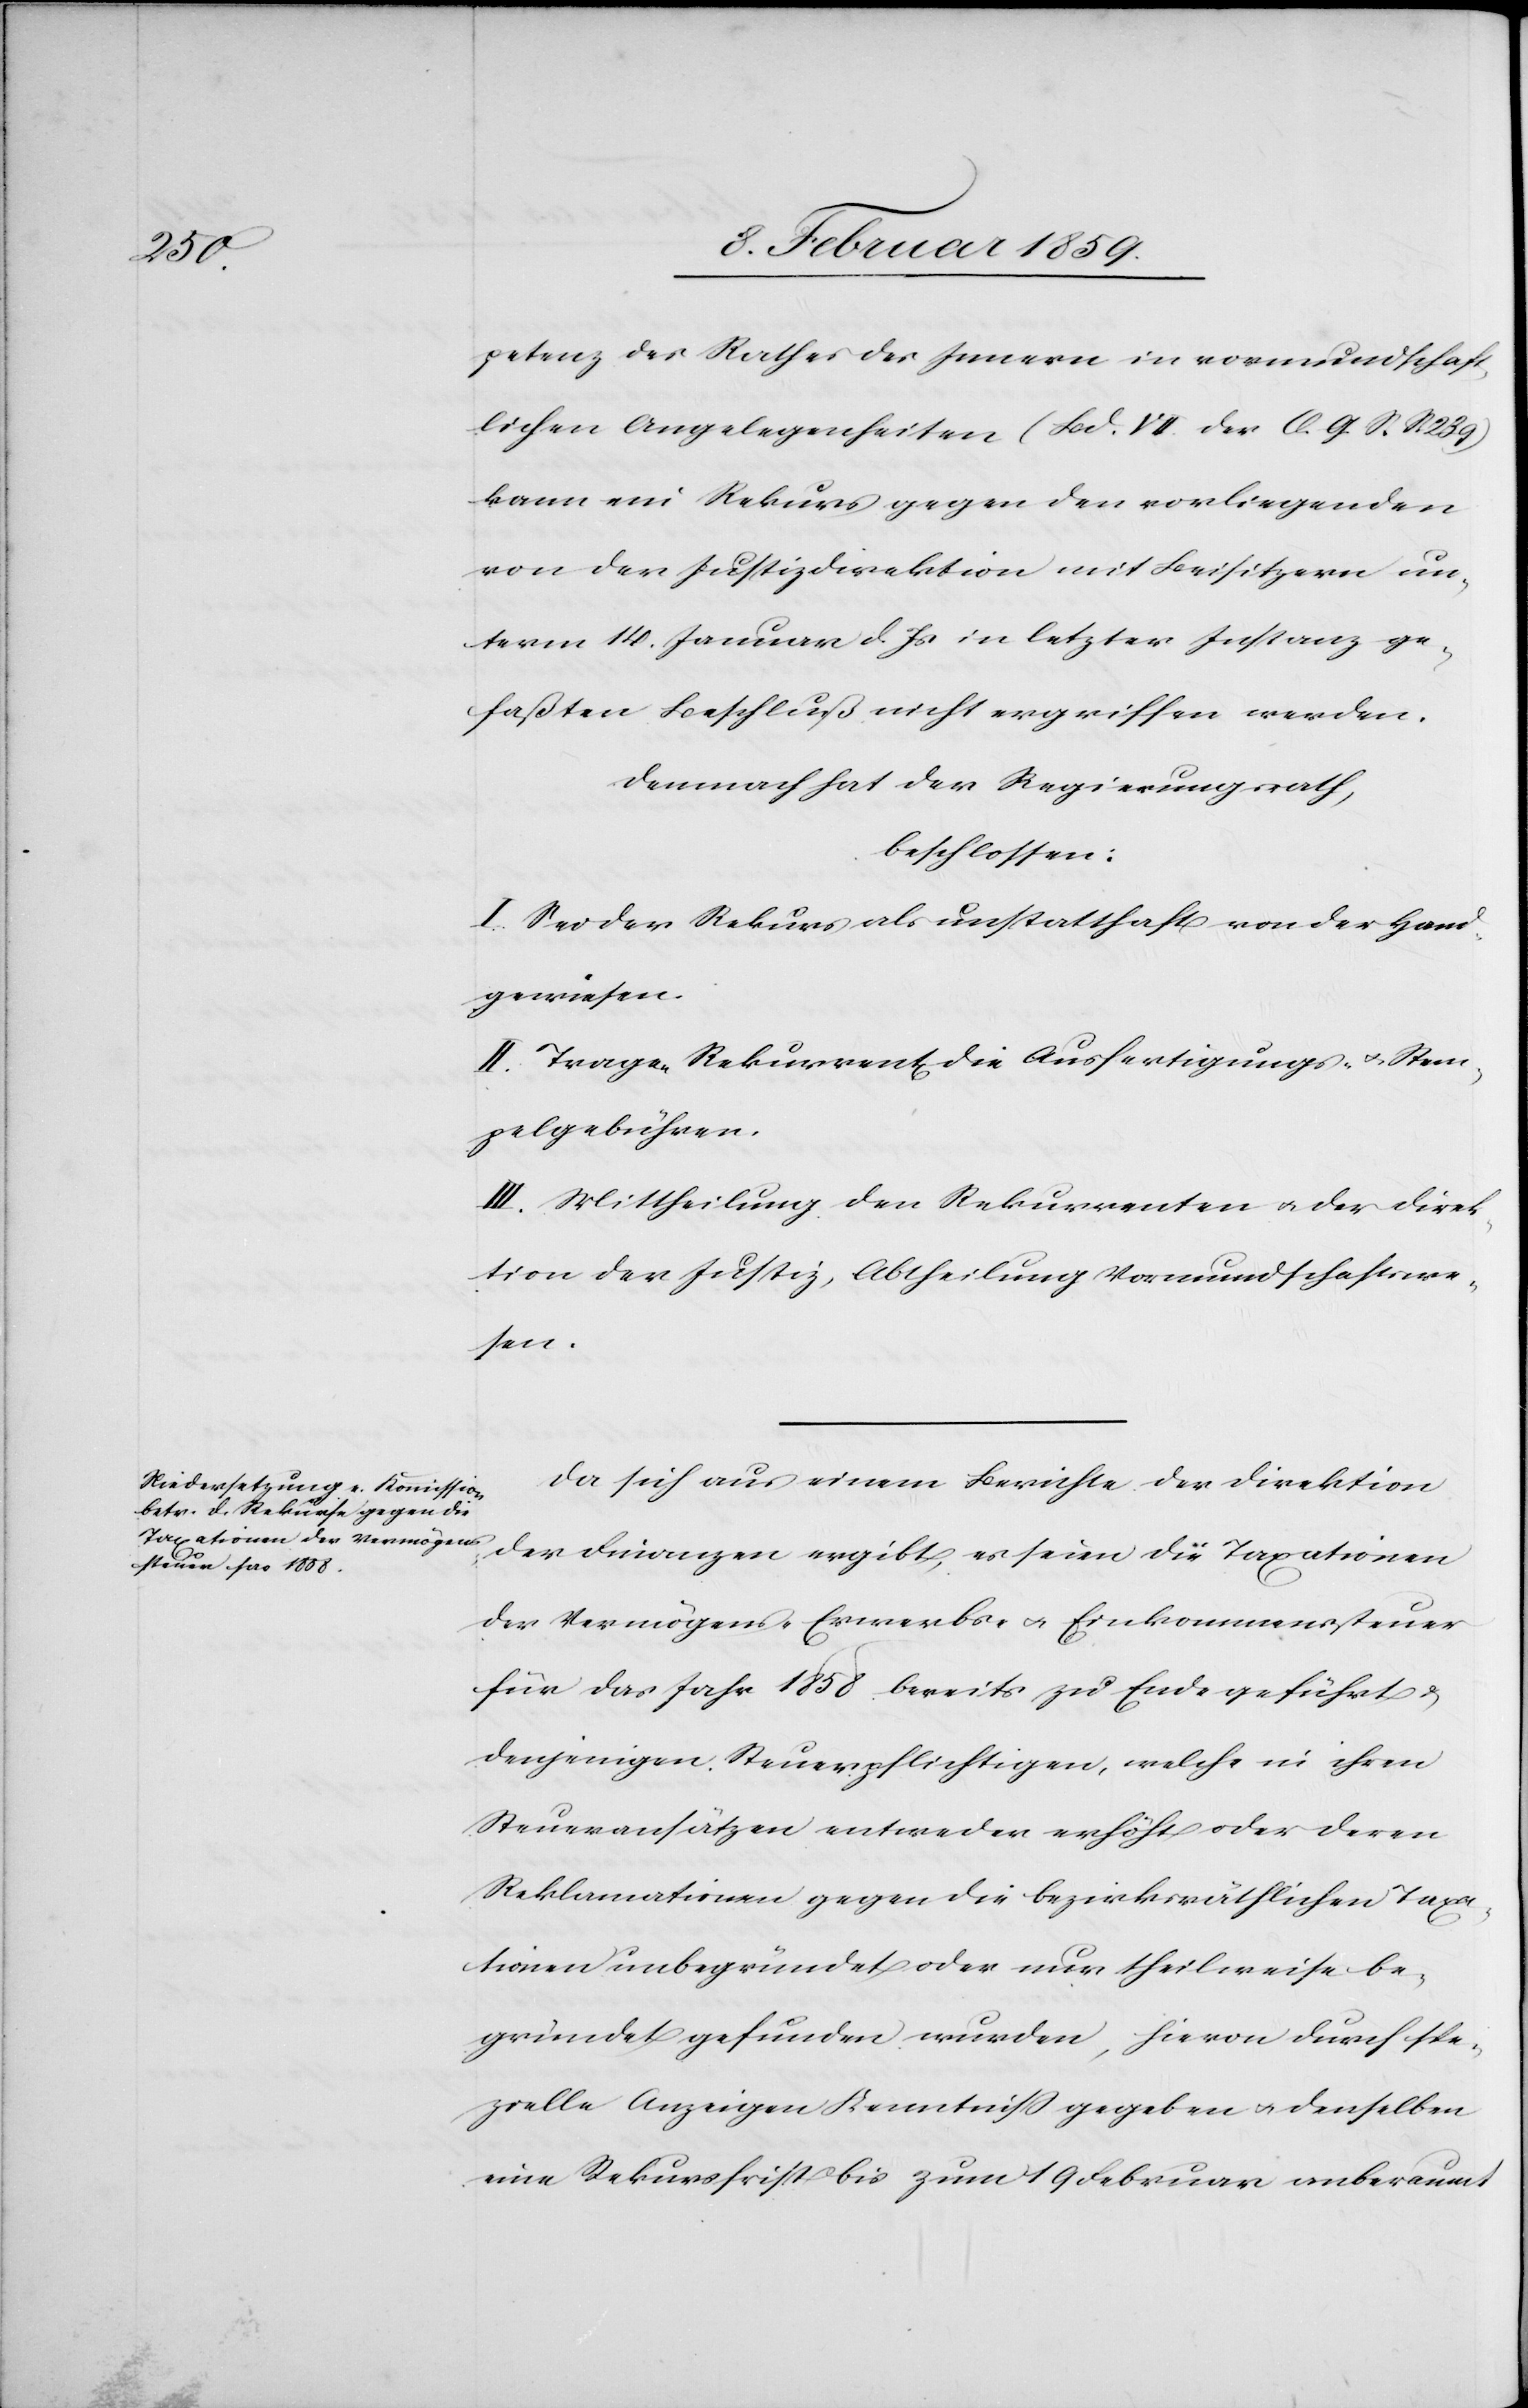
petenz des Rathes des Innern in vormundschaft¬
lichen Angelegenheiten (Bd. VII. der O. G. S. S. 239)
kann ein Rekurs gegen den vorliegenden
von der Justizdirektion mit Beisitzern un¬
term 14. Januar d. Js. in letzter Instanz ge¬
faßten Beschluß nicht ergriffen werden.
Demnach hat der Regierungsrath,
beschlossen:
I. Sei der Rekurs als unstatthaft von der Hand
gewiesen.
II. Tragen Rekurrent[en] die Ausfertigungs- u. Stem¬
pelgebühren.
III. Mittheilung den Rekurrenten u. der Direk¬
tion der Justiz, Abtheilung Vormundschaftswe¬
sen.
Da sich aus einem Berichte der Direktion
der Finanzen ergibt, es seien die Taxationen
der Vermögens-[,] Erwerbs- u. Einkommenssteuer
für das Jahr 1858 bereits zu Ende geführt u.
denjenigen Steuerpflichtigen, welche in ihren
Steueransätzen entweder erhöht oder deren
Reklamationen gegen die bezirksräthlichen Taxa¬
tionen unbegründet oder nur theilweise be¬
gründet gefunden wurden hievon durch sp¬
ezielle Rekursfrist bis zum 1 Februar anberaumt